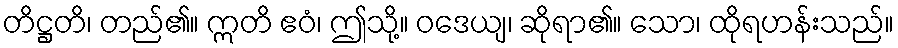
တိဋ္ဌတိ၊ တည်၏။ ဣတိ ဧဝံ၊ ဤသို့။ ဝဒေယျ၊ ဆိုရာ၏။ သော၊ ထိုရဟန်းသည်။